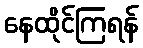
နေထိုင်ကြရန်